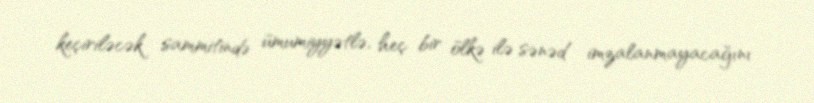
keçiriləcək sammitində ümumiyyətlə, heç bir ölkə ilə sənəd imzalanmayacağını